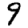
Digit: 9